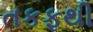
તકફથી